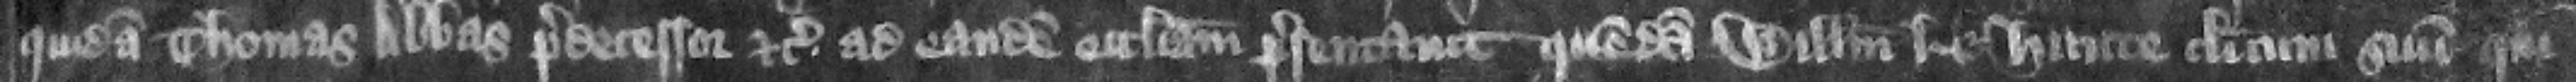
quidam Thomas abbas predecessor etc. ad eandem ecclesiam presentauit quemdam Willelmum le Hunte clericum suum qui